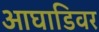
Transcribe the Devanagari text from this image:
आघाडिवर